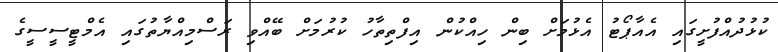
ކުޅުދުއްފުށީގައި އެއާޕޯޓު އެޅުމަށް ބިން ހިއްކުން އިފްތިތާހު ކުރުމަށް ބޭއްވި ރަސްމިއްޔާތުގައި އެމްޓީސީސީގެ